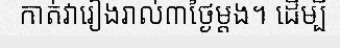
កាត់វារៀងរាល់៣ថ្ងៃម្តង។ ដើម្បី